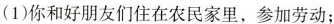
(1)你和好朋友们住在农民家里，参加劳动；